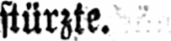
stürzte.